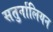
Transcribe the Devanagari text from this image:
सतुर्नालियन